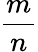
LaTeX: \frac{m}{n}